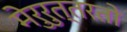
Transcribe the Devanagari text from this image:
मेरुरुत्तरतो